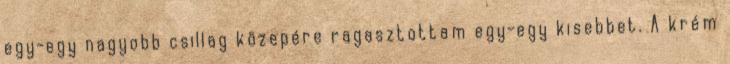
egy-egy nagyobb csillag közepére ragasztottam egy-egy kisebbet. A krém